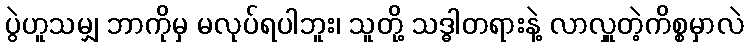
ပွဲဟူသမျှ ဘာကိုမှ မလုပ်ရပါဘူး၊ သူတို့ သဒ္ဓါတရားနဲ့ လာလှူတဲ့ကိစ္စမှာလဲ